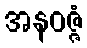
အနဝဇ္ဇံ